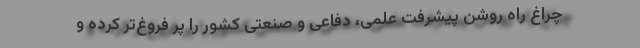
چراغ راه روشن پیشرفت علمی، دفاعی و صنعتی کشور را پر فروغ‌تر کرده و